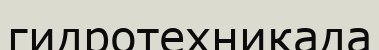
гидротехникада